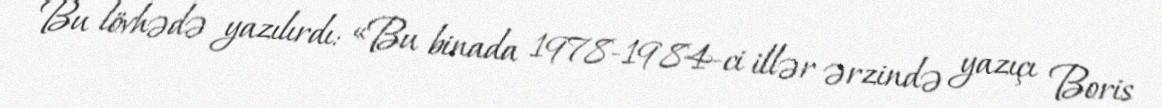
Bu lövhədə yazılırdı: «Bu binada 1978-1984-ci illər ərzində yazıçı Boris